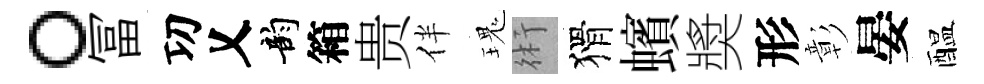
。冨㓛乂韵箱贵伴瑰術猾蠙奬形彰晏醖